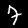
Digit: 7